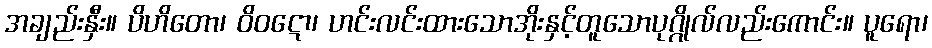
အချည်းနှီး။ ပိဟိတော၊ ဝိဝဋော၊ ဟင်းလင်းထားသောအိုးနှင့်တူသောပုဂ္ဂိုလ်လည်းကောင်း။ ပူရော၊